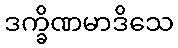
ဒက္ခိဏမာဒိသေ